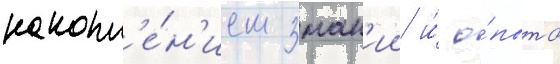
накопл'е́н'ием знан'ии и́ о́пыта